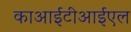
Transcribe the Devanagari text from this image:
काआईटीआईएल